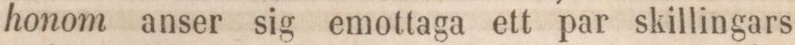
honom anser sig emottaga ett par skillingars